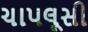
ચાપલૂસી